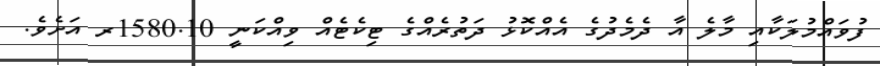
ފުވައްމުލަކާއި މާލެ އާ ދެމެދުގެ އެއްކޮޅު ދަތުރެއްގެ ޓިކެޓެއް ވިއްކަނީ 1580.10ރ އަށެވެ.